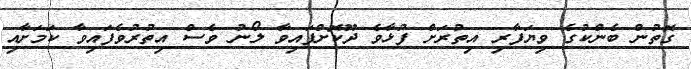
ގޮތުން ބެންކުގެ ވިޔަފާރި އިތުރަށް ފުޅާވެ ދޫކޮށްފައިވާ ލޯނު ވެސް އިތުރުވެފައިވާ ކަމަށާއި